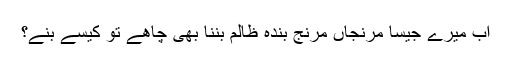
اب میرے جیسا مرنجاں مرنج بندہ ظالم بننا بھی چاھے تو کیسے بنے؟